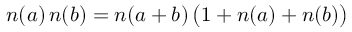
n ( a ) \, n ( b ) = n ( a + b ) \, \bigl ( 1 + n ( a ) + n ( b ) \bigr )